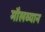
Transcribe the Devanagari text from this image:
मौलव्यान